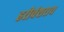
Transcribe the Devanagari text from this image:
हरीवंशराय